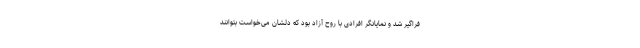
فراگیر شد و نمایانگر افرادی با روح آزاد بود که دلشان می‌خواست بتوانند